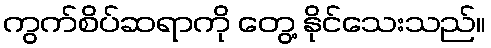
ကွက်စိပ်ဆရာကို တွေ့ နိုင်သေးသည်။